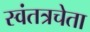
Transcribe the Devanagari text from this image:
स्वंतत्रचेता